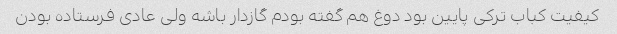
کیفیت کباب ترکی پایین بود دوغ هم گفته بودم گازدار باشه ولی عادی فرستاده بودن